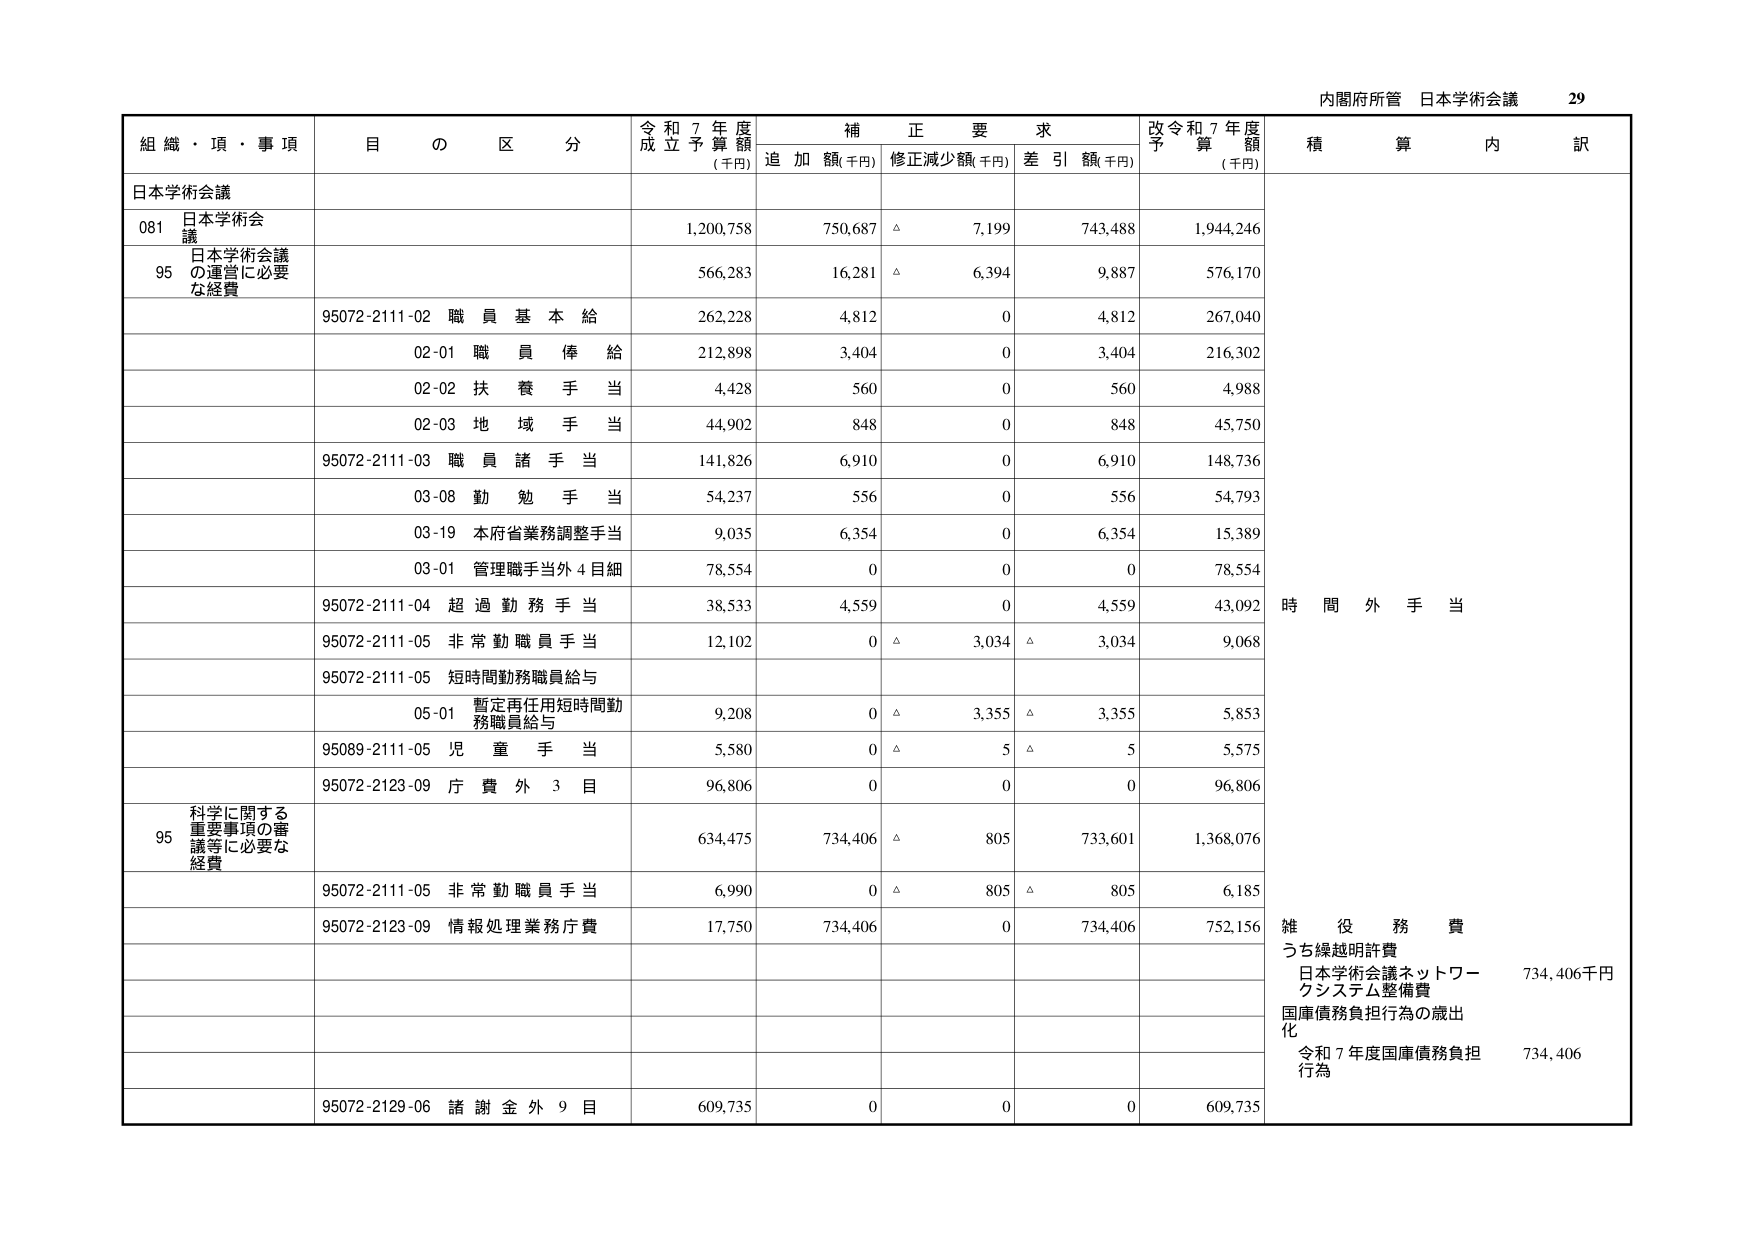
内閣府所管 日本学術会議 29

組織・項・事項 目の区分 令和7年度成立予算額(千円) 補正要求 追加額(千円) 修正減少額(千円) 差引額(千円) 改令和7年度予算額(千円) 積算内訳

日本学術会議

081 日本学術会議 1,200,758 750,687 △ 7,199 743,488 1,944,246

95 日本学術会議の運営に必要な経費 566,283 16,281 △ 6,394 9,887 576,170

95072-2111-02 職員基本給 262,228 4,812 0 4,812 267,040

02-01 職員俸給 212,898 3,404 0 3,404 216,302

02-02 扶養手当 4,428 560 0 560 4,988

02-03 地域手当 44,902 848 0 848 45,750

95072-2111-03 職員諸手当 141,826 6,910 0 6,910 148,736

03-08 勤勉手当 54,237 556 0 556 54,793

03-19 本府省業務調整手当 9,035 6,354 0 6,354 15,389

03-01 管理職手当外4目細 78,554 0 0 0 78,554

95072-2111-04 超過勤務手当 38,533 4,559 0 4,559 43,092 時間外手当

95072-2111-05 非常勤職員手当 12,102 0 △ 3,034 △ 3,034 9,068

95072-2111-05 短時間勤務職員給与

05-01 暫定再任用短時間勤務職員給与 9,208 0 △ 3,355 △ 3,355 5,853

95089-2111-05 児童手当 5,580 0 △ 5 △ 5 5,575

95072-2123-09 庁費外3目 96,806 0 0 0 96,806

95 科学に関する重要事項の審議等に必要な経費 634,475 734,406 △ 805 733,601 1,368,076

95072-2111-05 非常勤職員手当 6,990 0 △ 805 △ 805 6,185

95072-2123-09 情報処理業務庁費 17,750 734,406 0 734,406 752,156 雑役務費

うち繰越明許費

日本学術会議ネットワークシステム整備費 734,406千円

国庫債務負担行為の歳出化

令和7年度国庫債務負担行為 734,406

95072-2129-06 諸謝金外9目 609,735 0 0 0 609,735